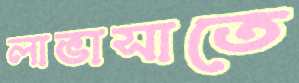
লাভাসাতে